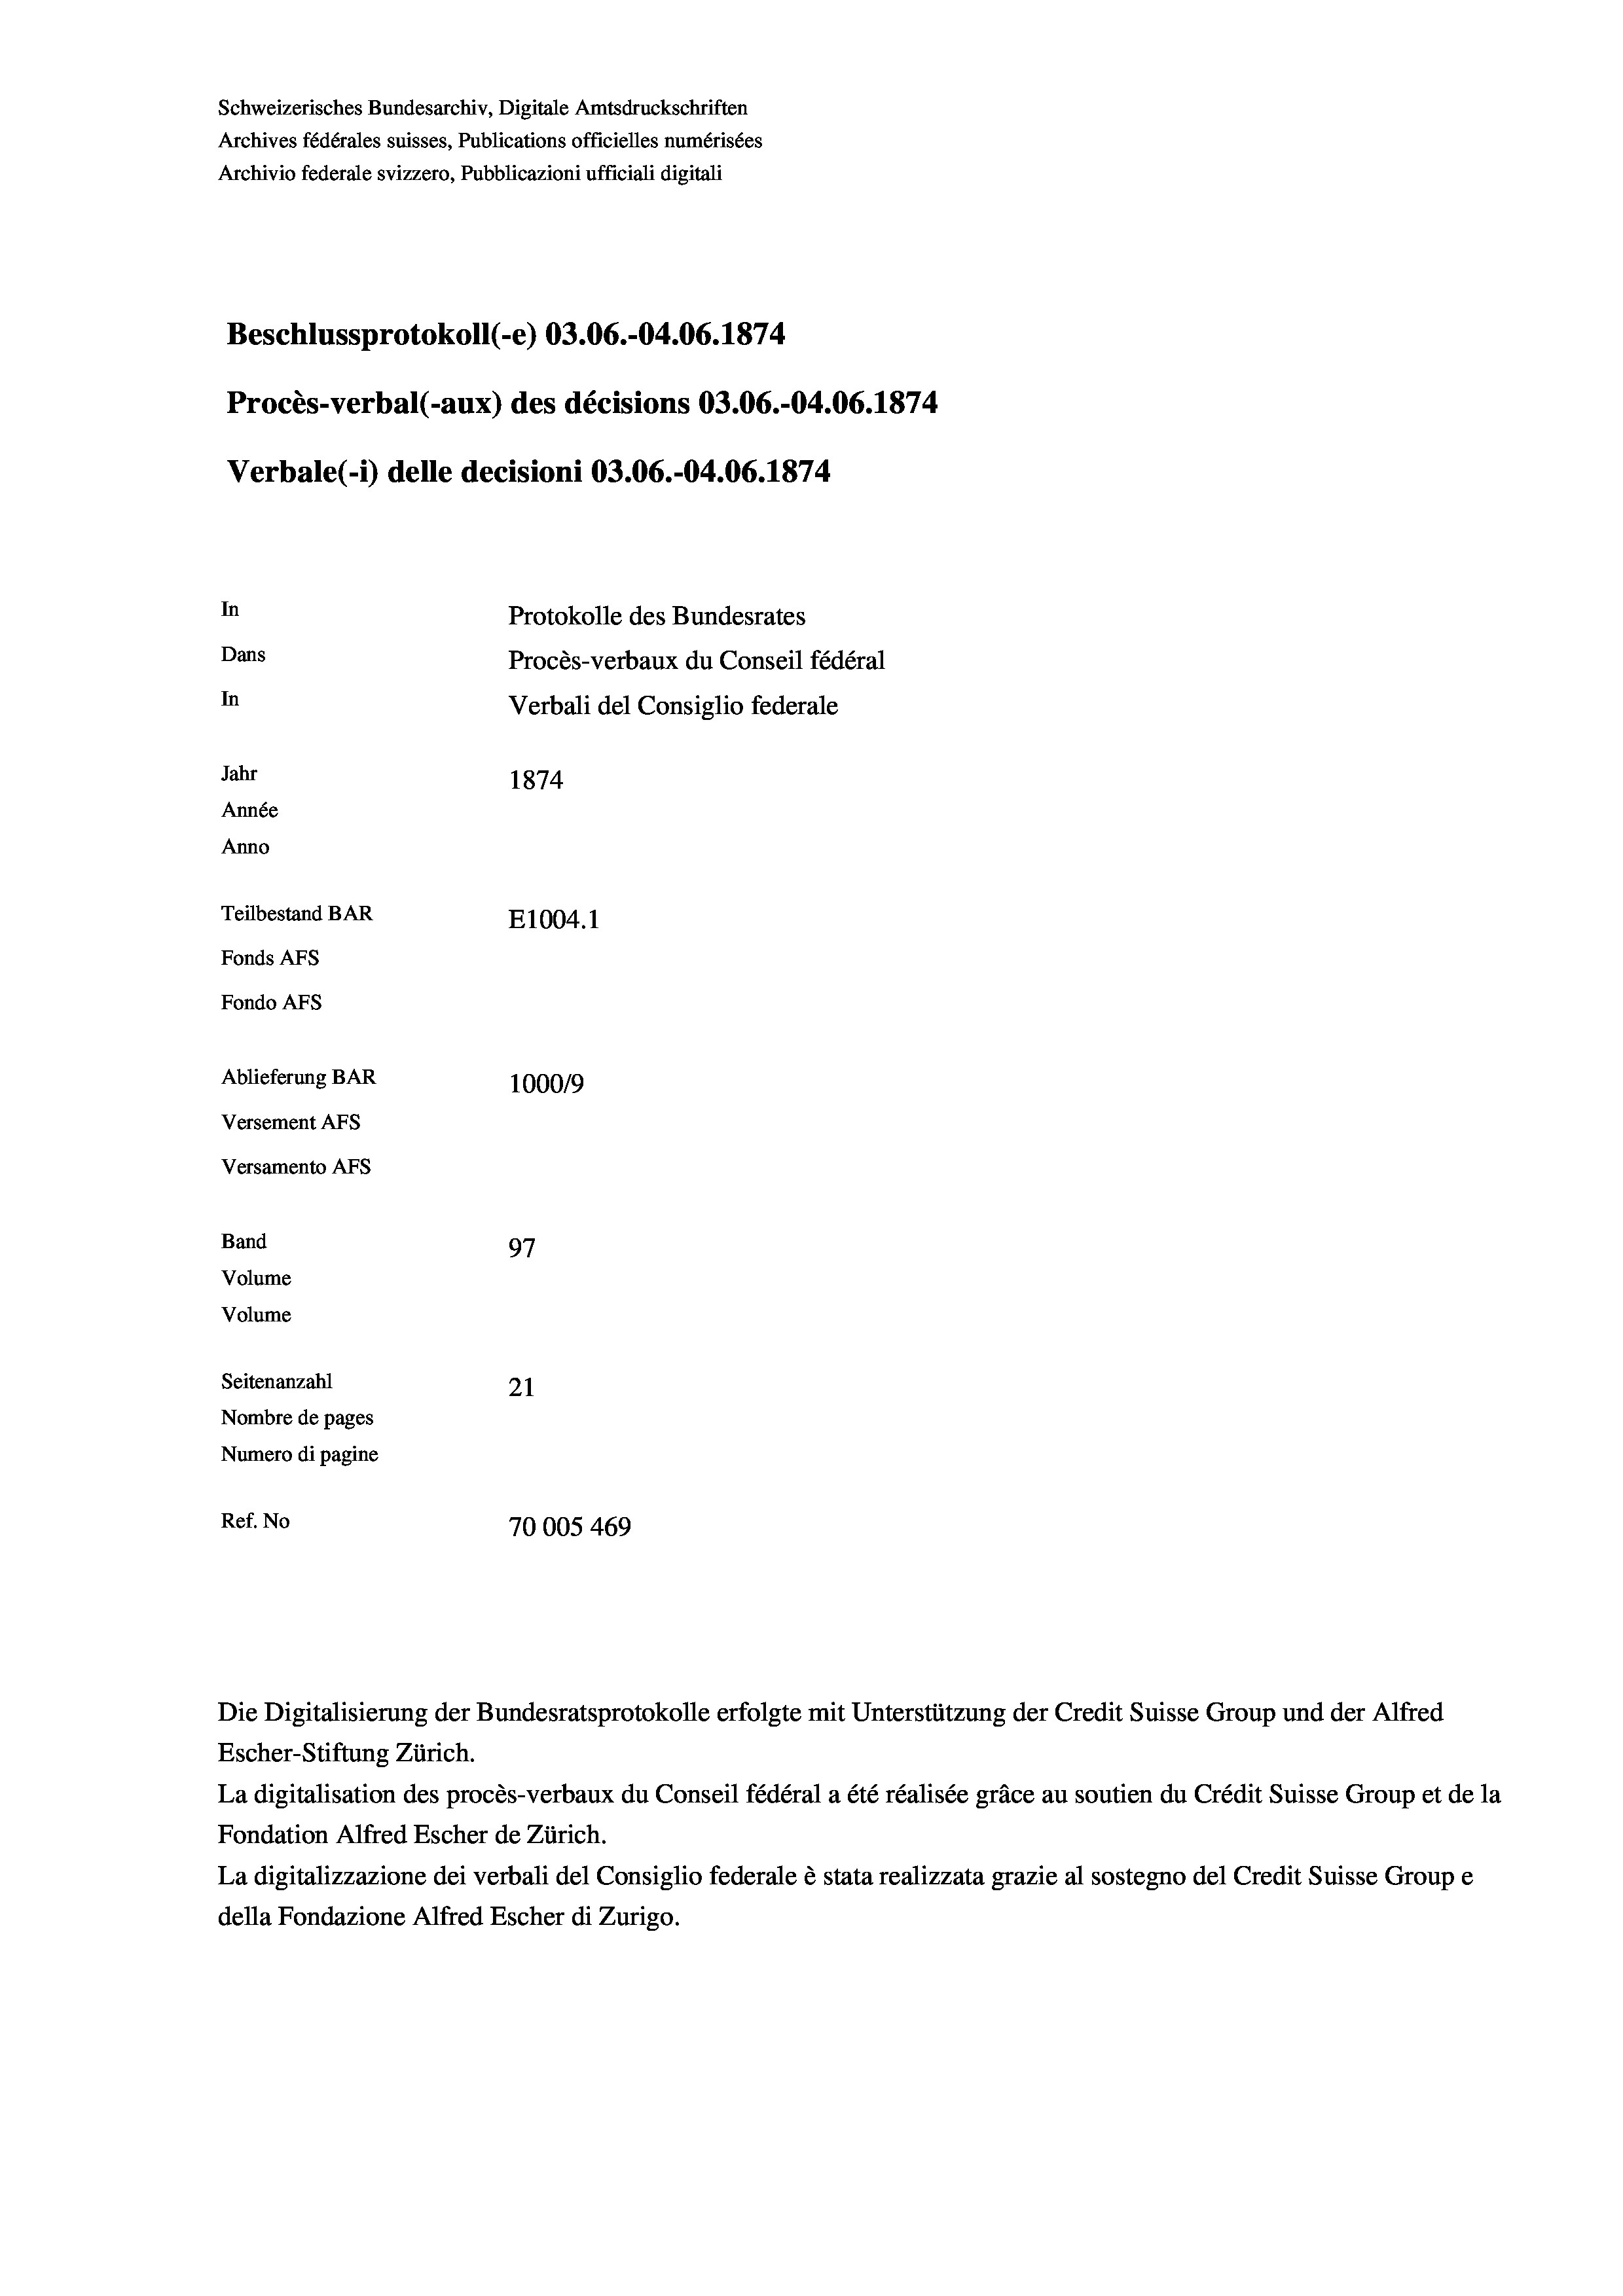
Schweizerisches Bundesarchiv, Digitale Amtsdruckschriften
Archives fédérales suisses, Publications officielles numérisées
Archivio federale svizzero, Pubblicazioni ufficiali digitali
Beschlussprotokoll (-e) 03.06.-04.06. 1874
Procès-verbal (-aux) des décisions 03.06.-04.06. 1874
Verbale (-*) delle decisioni 03.06.-04.06. 1874
In
Protokolle des Bundesrates
Dans
Procès-verbaux du Conseil fédéral
In
Verbali del Consiglio federale
Jahr
1874
Année
Anno
Teilbestand BAR
E1004. 1
Fonds AFs
Fondo Afs
Ablieferung BAR
100019
Versement Ans
Versamento Afs
Band
97
Volume
Volume
Seitenanzahl
21
Nombre de pages
Numero di pagine
Ref. No
70005 469

Die Digitalisierung der Bundesratsprotokolle erfolgte mit Unterstützung der Credit Suisse Group und der Alfred
Escher-Stiftung Zürich.
La digitalisation des procès-verbaux du Conseil fédéral a été réalisée gräce au soutien du Crédit Suisse Group et de la
Fondation Alfred Escher de Zürich.
La digitalizzazione dei verbali del Consiglio federale è stata realizzata grazie al sostegno del Credit Suisse Groupe
della Fondazione Alfred Escher di Zurigo.